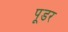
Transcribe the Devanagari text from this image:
पूडर